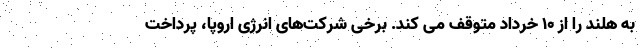
به هلند را از ۱۰ خرداد متوقف می کند. برخی شرکت‌های انرژی اروپا، پرداخت